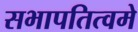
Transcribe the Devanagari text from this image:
सभापतित्वमे